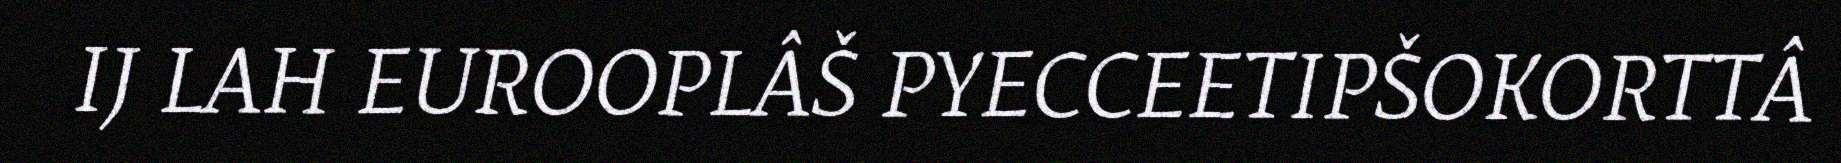
IJ LAH EUROOPLÂŠ PYECCEETIPŠOKORTTÂ